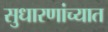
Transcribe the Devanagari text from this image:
सुधारणांच्यात